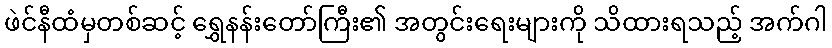
ဖဲင်နီထံမှတစ်ဆင့် ရွှေနန်းတော်ကြီး၏ အတွင်းရေးများကို သိထားရသည့် အက်ဂါ